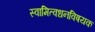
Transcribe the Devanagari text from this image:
स्वामित्वधनविषयक